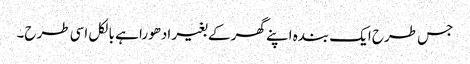
جس طرح ایک بندہ اپنے گھر کے بغیر ادھورا ہے بالکل اسی طرح۔